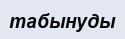
табынуды